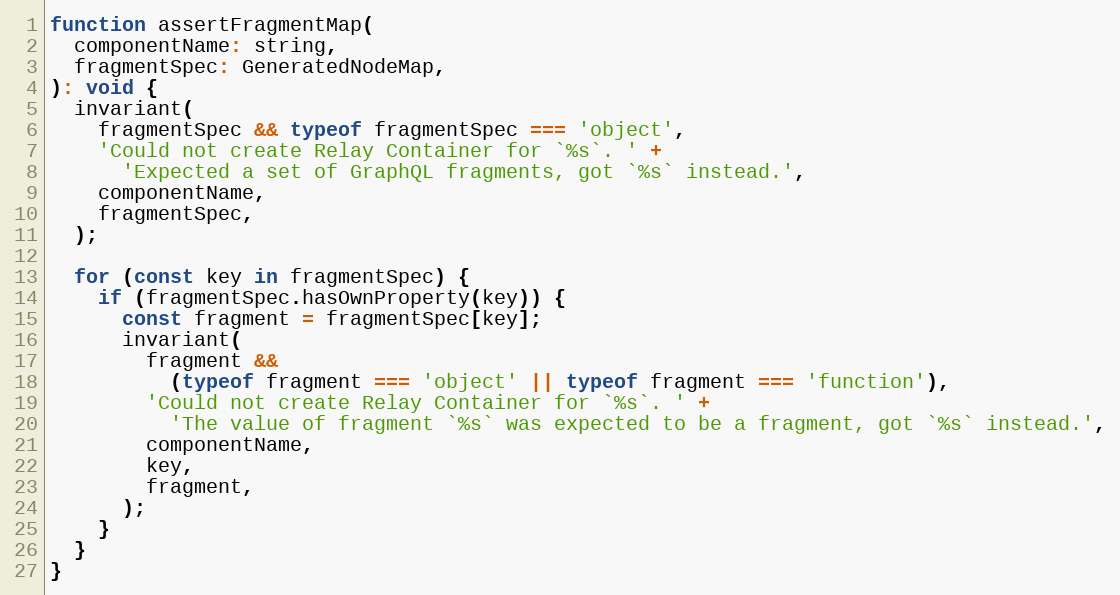
Language: JavaScript
function assertFragmentMap(
  componentName: string,
  fragmentSpec: GeneratedNodeMap,
): void {
  invariant(
    fragmentSpec && typeof fragmentSpec === 'object',
    'Could not create Relay Container for `%s`. ' +
      'Expected a set of GraphQL fragments, got `%s` instead.',
    componentName,
    fragmentSpec,
  );

  for (const key in fragmentSpec) {
    if (fragmentSpec.hasOwnProperty(key)) {
      const fragment = fragmentSpec[key];
      invariant(
        fragment &&
          (typeof fragment === 'object' || typeof fragment === 'function'),
        'Could not create Relay Container for `%s`. ' +
          'The value of fragment `%s` was expected to be a fragment, got `%s` instead.',
        componentName,
        key,
        fragment,
      );
    }
  }
}